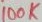
Text: 100K